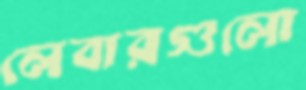
লেবারগুলো